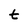
Character: t